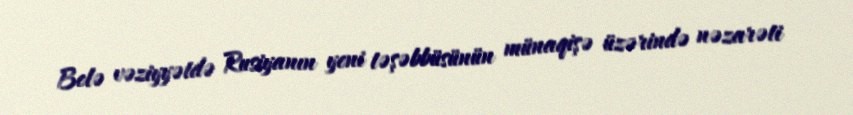
Belə vəziyyətdə Rusiyanın yeni təşəbbüsünün münaqişə üzərində nəzarəti